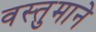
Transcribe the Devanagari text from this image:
वस्तुमाने